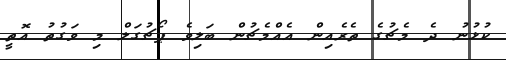
ކުޅުނު ދެ މެޗުގެ ތެރެއިން އެއްމެޗުން ބަލިވެ ޕޯޗުގަލް މި ވަގުތު އޮތީ